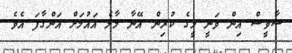
ސާވީސް އިން ވަނީ މީގެ ކުރިން އޭނާ މާލެ އައުމަށް އަންގާފަ އެވެ.